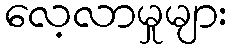
လေ့လာမှုများ